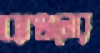
ব্যাঞ্জনের